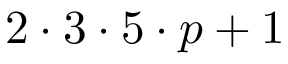
2 \cdot 3 \cdot 5 \cdot p + 1